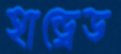
হান্ড্রেড